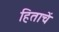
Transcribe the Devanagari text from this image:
हिताचें